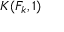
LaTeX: K ( F _ { k } , 1 )